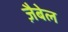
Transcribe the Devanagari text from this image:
ज़ैबेल